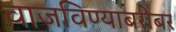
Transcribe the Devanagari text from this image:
वाजविण्याबरोबर